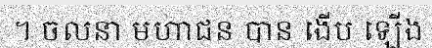
។ ចលនា មហាជន បាន ងើប ឡើង